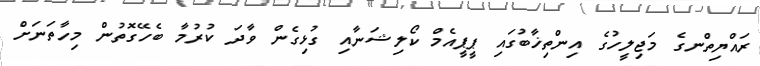
ރައްޔިތްނގެ މަޖިލީހުގެ އިންތިޚާބުގައި ޕީޕީއެމް ކޯލިޝަނާއި ގުޅިގެން ވާދަ ކުރުމާ ބެހޭގޮތުން މިހާތަނަށް